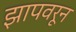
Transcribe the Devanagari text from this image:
झापवरून